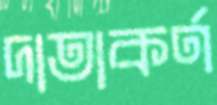
দাতাকর্ণ